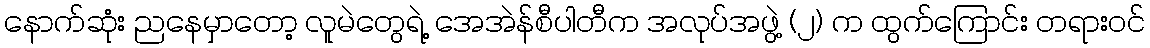
နောက်ဆုံး ညနေမှာတော့ လူမဲတွေရဲ့ အေအဲန်စီပါတီက အလုပ်အဖွဲ့ (၂) က ထွက်ကြောင်း တရားဝင်